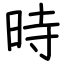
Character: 時